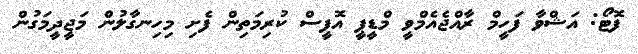
ފޮޓޯ: އަޝްވާ ފަހީމް ރާއްޖެއެމްވީ މްޑީޕީ އޮފީސް ކުރިމަތިން ފެށި މިހިނގާލުން މަޖީދީމަގުން